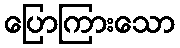
ပြောကြားသော